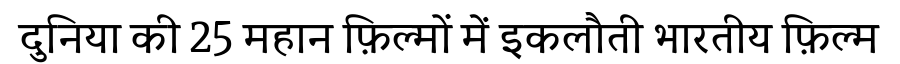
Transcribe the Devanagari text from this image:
दुनिया की 25 महान फ़िल्मों में इकलौती भारतीय फ़िल्म